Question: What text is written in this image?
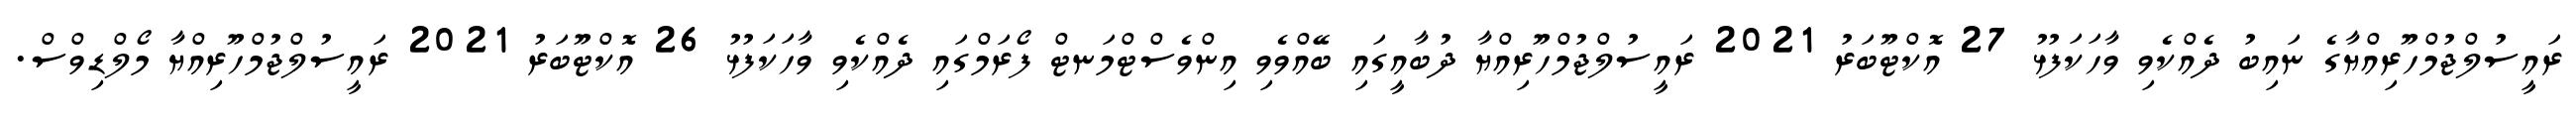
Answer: ރައީސުލްޖުމްހޫރިއްޔާގެ ނައިބު ދެއްކެވި ވާހަކަފުޅު 27 އޮކްޓޫބަރު 2021 ރައީސުލްޖުމްހޫރިއްޔާ ދުބާއީގައި ބޭއްވެވި އިންވެސްޓްމަނޓް ފޯރަމްގައި ދެއްކެވި ވާހަކަފުޅު 26 އޮކްޓޫބަރު 2021 ރައީސުލްޖުމްހޫރިއްޔާ މޯލްޑިވްސް.